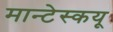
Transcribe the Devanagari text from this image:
मान्टेस्कयू